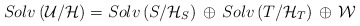
\begin{align*}Solv \left( {\cal U}/{\cal H} \right) = Solv \left( { S}/{\cal H}_S \right)\, \oplus \, Solv \left( { T}/{\cal H}_T \right) \,\oplus \, {\cal W}\end{align*}